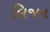
લિજન